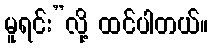
မူရင်း”လို့ ထင်ပါတယ်။